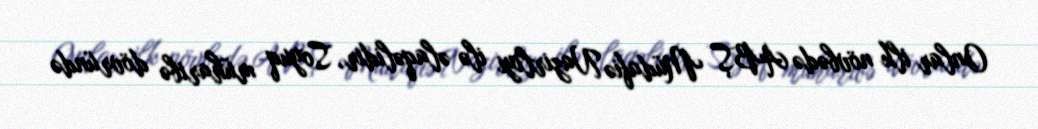
Onlar ilk növbədə ABŞ Müdafiə Nazirliyi ilə əlaqəlidir, Soyuq müharibə dövründə